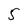
Character: 5